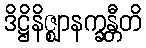
ဒိဋ္ဌိနိဇ္ဈာနက္ခန္တီတိ